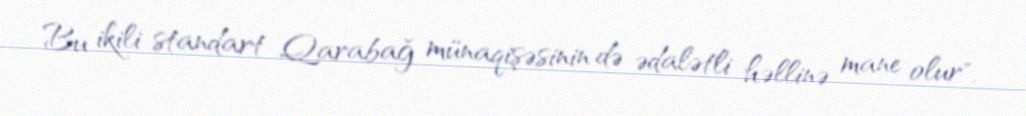
Bu ikili standart Qarabağ münaqişəsinin də ədalətli həllinə mane olur".